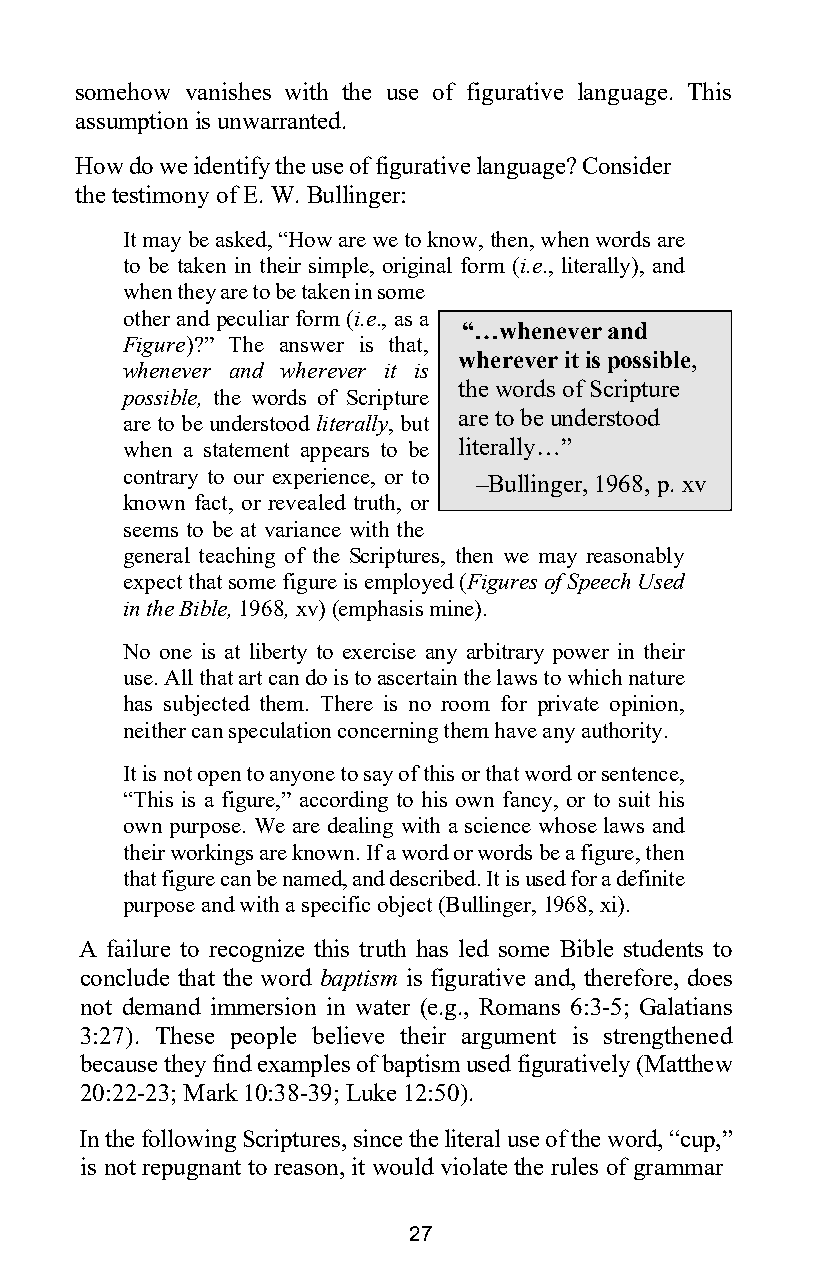
somehow vanishes with the use of figurative language. This
 assumption is unwarranted.
 How do we identify the use of figurative language? Consider
 the testimony of E. W. Bullinger:
 It may be asked, “How are we to know, then, when words are
 to be taken in their simple, original form (i.e., literally), and
 when they are to be taken in some
 other and peculiar form (i.e., as a
 “…whenever and
 Figure)?” The answer is that,
 wherever it is possible,
 whenever and wherever it is
 the words of Scripture
 possible, the words of Scripture
 are to be understood
 are to be understood literally, but
 when a statement appears to be literally…”
 contrary to our experience, or to
 –Bullinger, 1968, p. xv
 known fact, or revealed truth, or
 seems to be at variance with the
 general teaching of the Scriptures, then we may reasonably
 expect that some figure is employed (Figures of Speech Used
 in the Bible, 1968, xv) (emphasis mine).
 No one is at liberty to exercise any arbitrary power in their
 use. All that art can do is to ascertain the laws to which nature
 has subjected them. There is no room for private opinion,
 neither can speculation concerning them have any authority.
 It is not open to anyone to say of this or that word or sentence,
 “This is a figure,” according to his own fancy, or to suit his
 own purpose. We are dealing with a science whose laws and
 their workings are known. If a word or words be a figure, then
 that figure can be named, and described. It is used for a definite
 purpose and with a specific object (Bullinger, 1968, xi).
 A failure to recognize this truth has led some Bible students to
 conclude that the word baptism is figurative and, therefore, does
 not demand immersion in water (e.g., Romans 6:3-5; Galatians
 3:27). These people believe their argument is strengthened
 because they find examples of baptism used figuratively (Matthew
 20:22-23; Mark 10:38-39; Luke 12:50).
 In the following Scriptures, since the literal use of the word, “cup,”
 is not repugnant to reason, it would violate the rules of grammar
 27